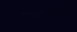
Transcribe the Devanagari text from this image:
सामान्यरूपाला